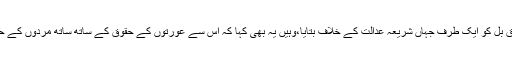
مسلم عورتوں نے تین طلاق بل کو ایک طرف جہاں شریعہ عدالت کے خلاف بتایا،وہیں یہ بھی کہا کہ اس سے عورتوں کے حقوق کے ساتھ ساتھ مردوں کے حقوق کی بھی توہین ہوگی ۔